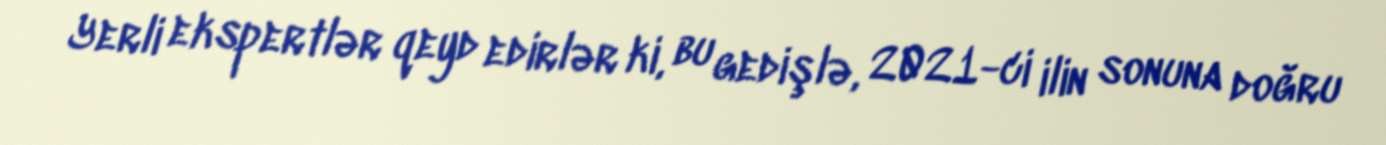
Yerli ekspertlər qeyd edirlər ki, bu gedişlə, 2021-ci ilin sonuna doğru